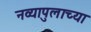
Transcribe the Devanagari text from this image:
नव्यापुलाच्या